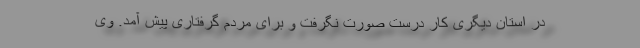
در استان دیگری کار درست صورت نگرفت و برای مردم گرفتاری پیش آمد. وی